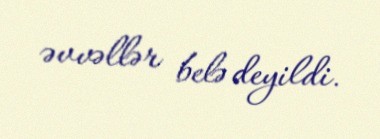
əvvəllər belə deyildi.